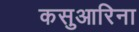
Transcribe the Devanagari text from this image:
कसुआरिना